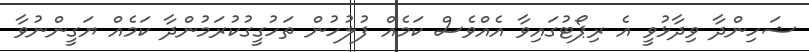
ޝަހިންދާ ވިދާޅުވީ އެ ރިޕޯޓުގައިވާ އެއްވެސް ކަމެއް ފުލުހުން ތަހުގީގުކުރަމުންދާ ކަމެއް ޔަގީންނުވާ